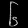
Digit: ၆